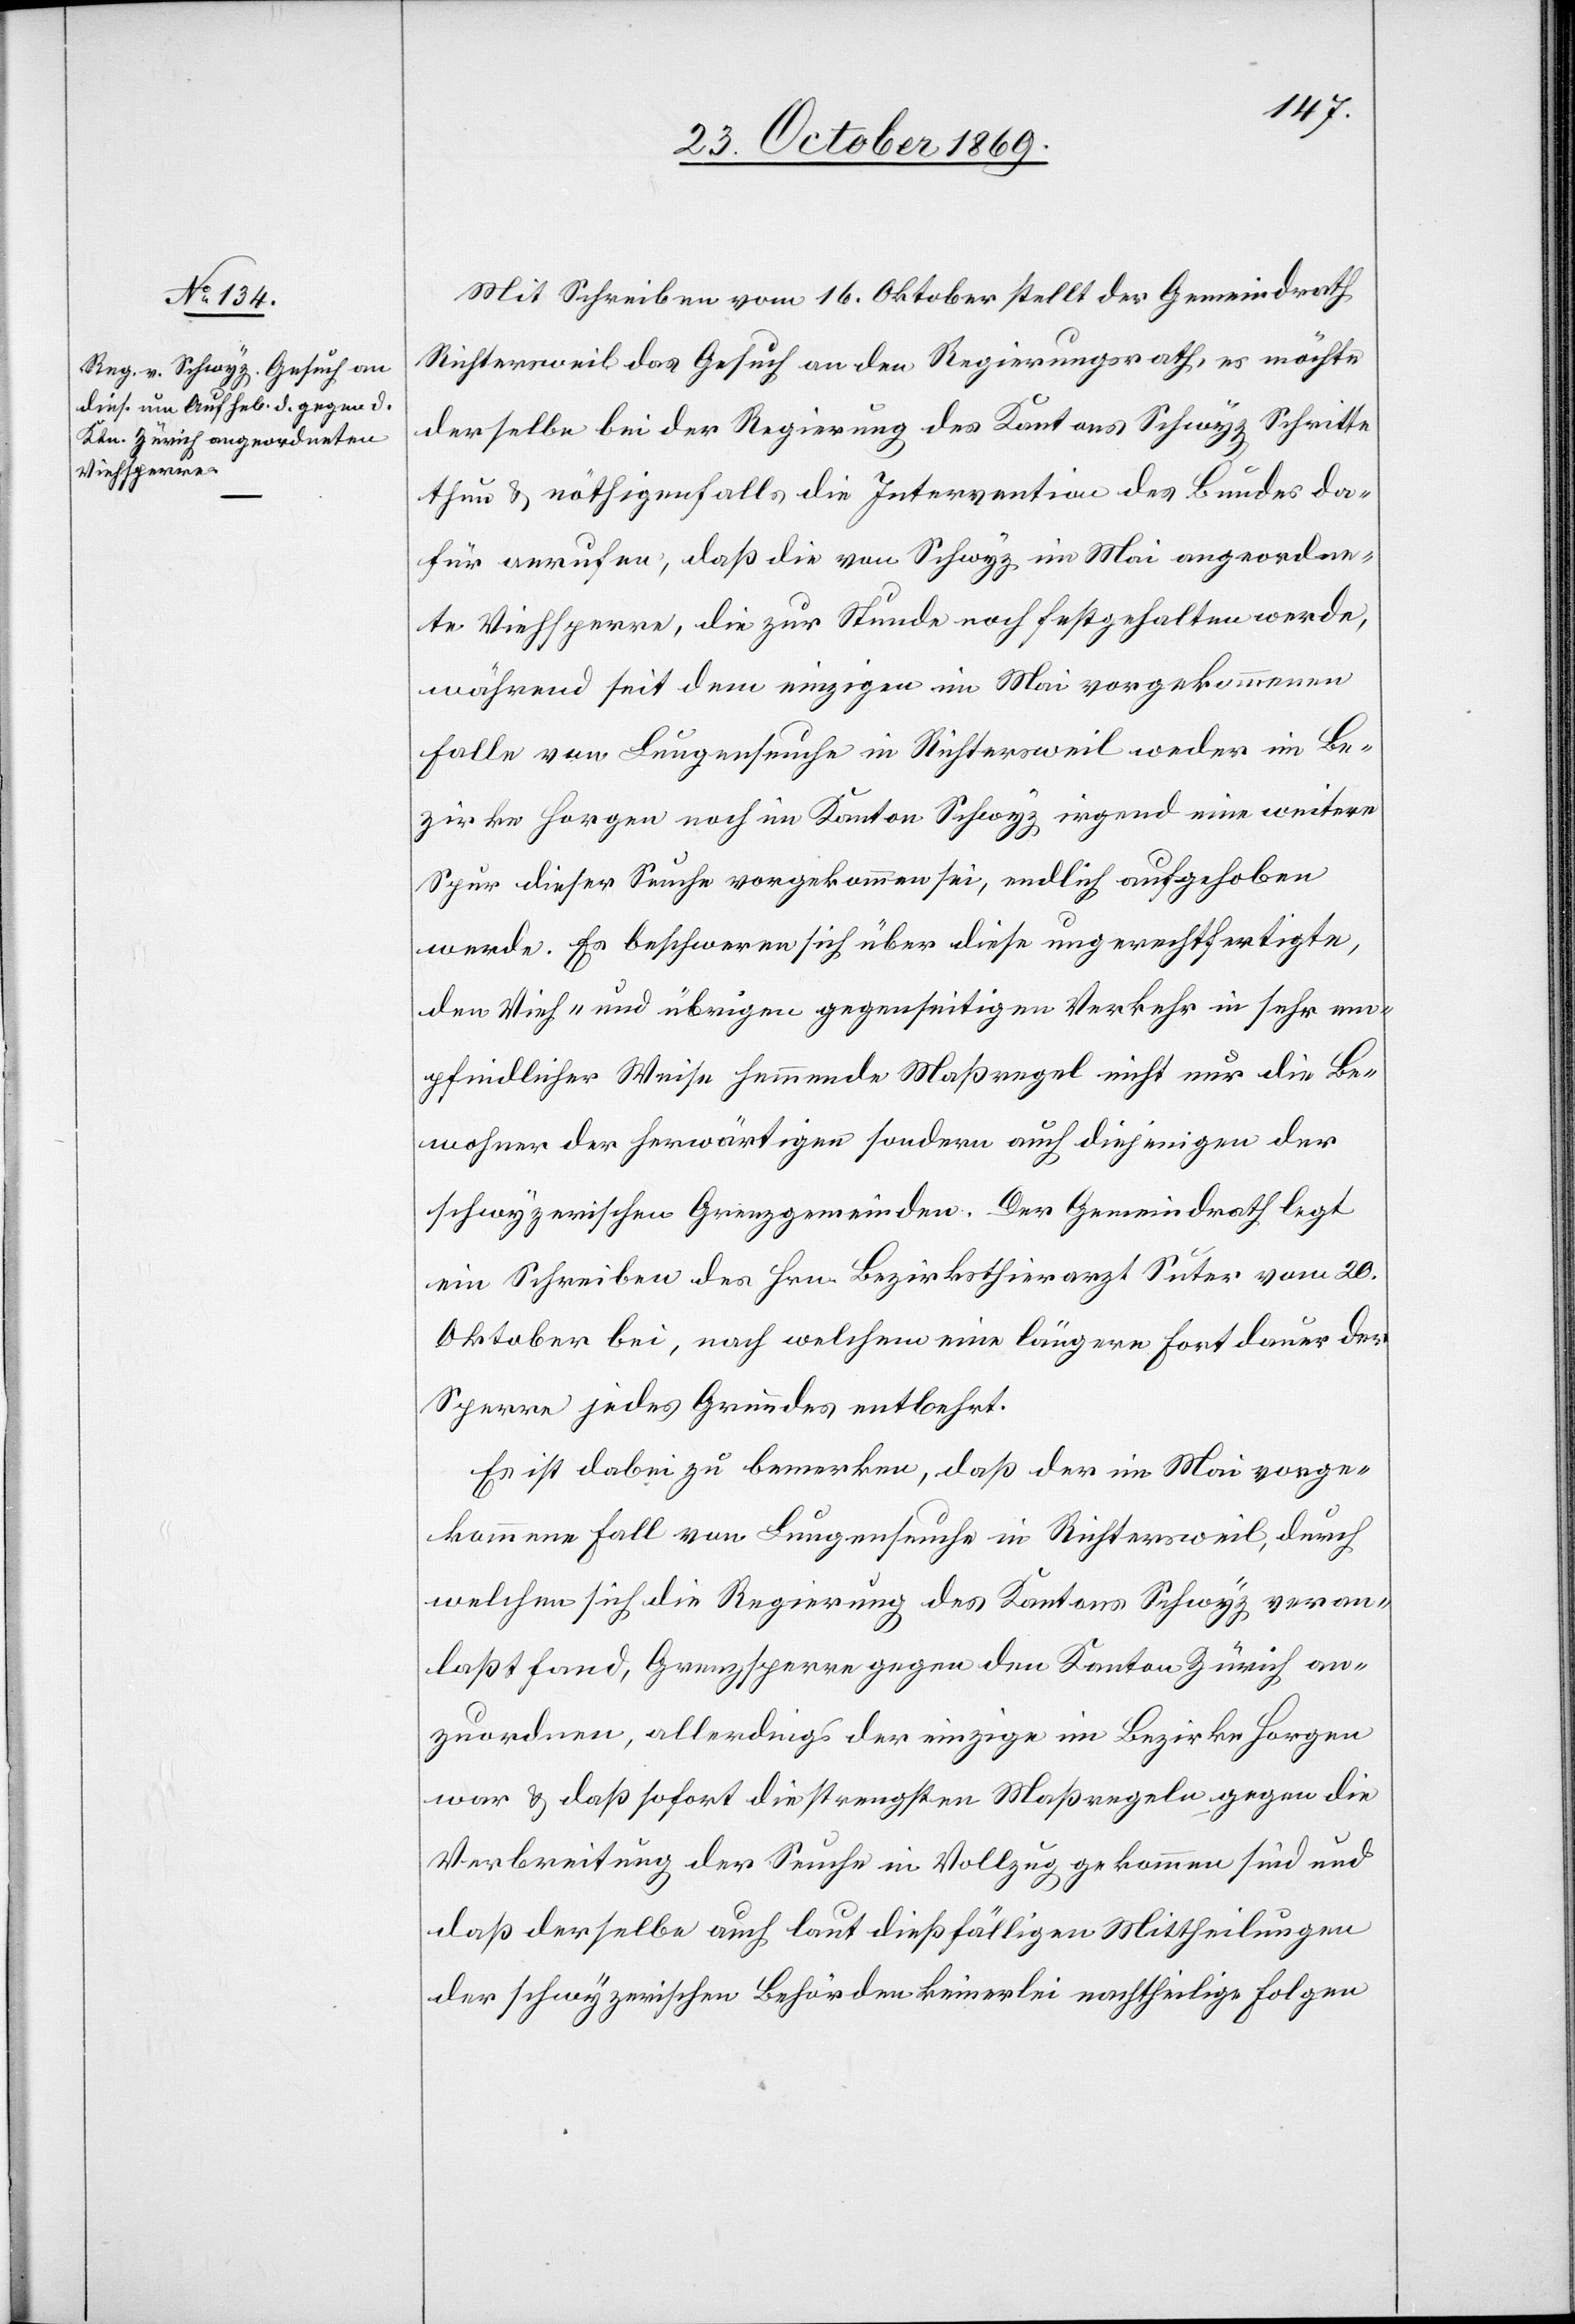
Mit Schreiben vom 16. Oktober stellt der Gemeindrath
Richtersweil das Gesuch an den Regierungsrath, es möchte
derselbe bei der Regierung des Kantons Schwyz Schritte
thun & nöthigenfalls die Intervention des Bundes da¬
für anrufen, daß die von Schwyz im Mai angeordne¬
te Viehsperre, die zur Stunde noch festgehalten werde,
während seit dem einzigen im Mai vorgekommenen
Falle von Lungenseuche in Richtersweil weder im Be¬
zirke Horgen noch im Kanton Schwyz irgend eine weitere
Spur dieser Seuche vorgekommen sei, endlich aufgehoben
werde. Es beschweren sich über diese ungerechtfertigte,
den Vieh- und übrigen gegenseitigen Verkehr in sehr em¬
pfindlicher Weise hemmende Maßregel nicht nur die Be¬
wohner der herwärtigen sondern auch diejenigen der
schwyzerischen Grenzgemeinden. Der Gemeindrath legt
ein Schreiben des Hrn. Bezirksthierarzt Suter vom 20.
Oktober bei, nach welchem eine längere Fortdauer der
Sperre jedes Grundes entbehrt.
Es ist dabei zu bemerken, daß der im Mai vorge¬
kommene Fall von Lungenseuche in Richtersweil, durch
welchen sich die Regierung des Kantons Schwyz veran¬
laßt fand, Grenzsperre gegen den Kanton Zürich an¬
zuordnen, allerdings der einzige im Bezirke Horgen
war & daß sofort die strengsten Maßregeln gegen die
Verbreitung der Seuche in Vollzug gekommen sind und
daß derselbe auch laut dießfälligen Mittheilungen
der schwyzerischen Behörden keinerlei nachtheilige Folgen